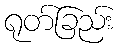
ရုတ်ခြည်း